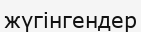
жүгінгендер